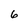
Character: 6